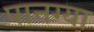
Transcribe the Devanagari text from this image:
पानग्या